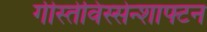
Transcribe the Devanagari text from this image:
गीस्तेविस्सेन्शाफ्टन